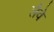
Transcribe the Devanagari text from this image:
लैवे